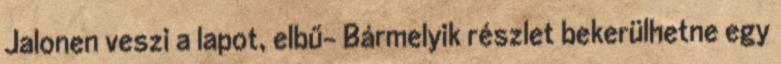
Jalonen veszi a lapot, elbű- Bármelyik részlet bekerülhetne egy